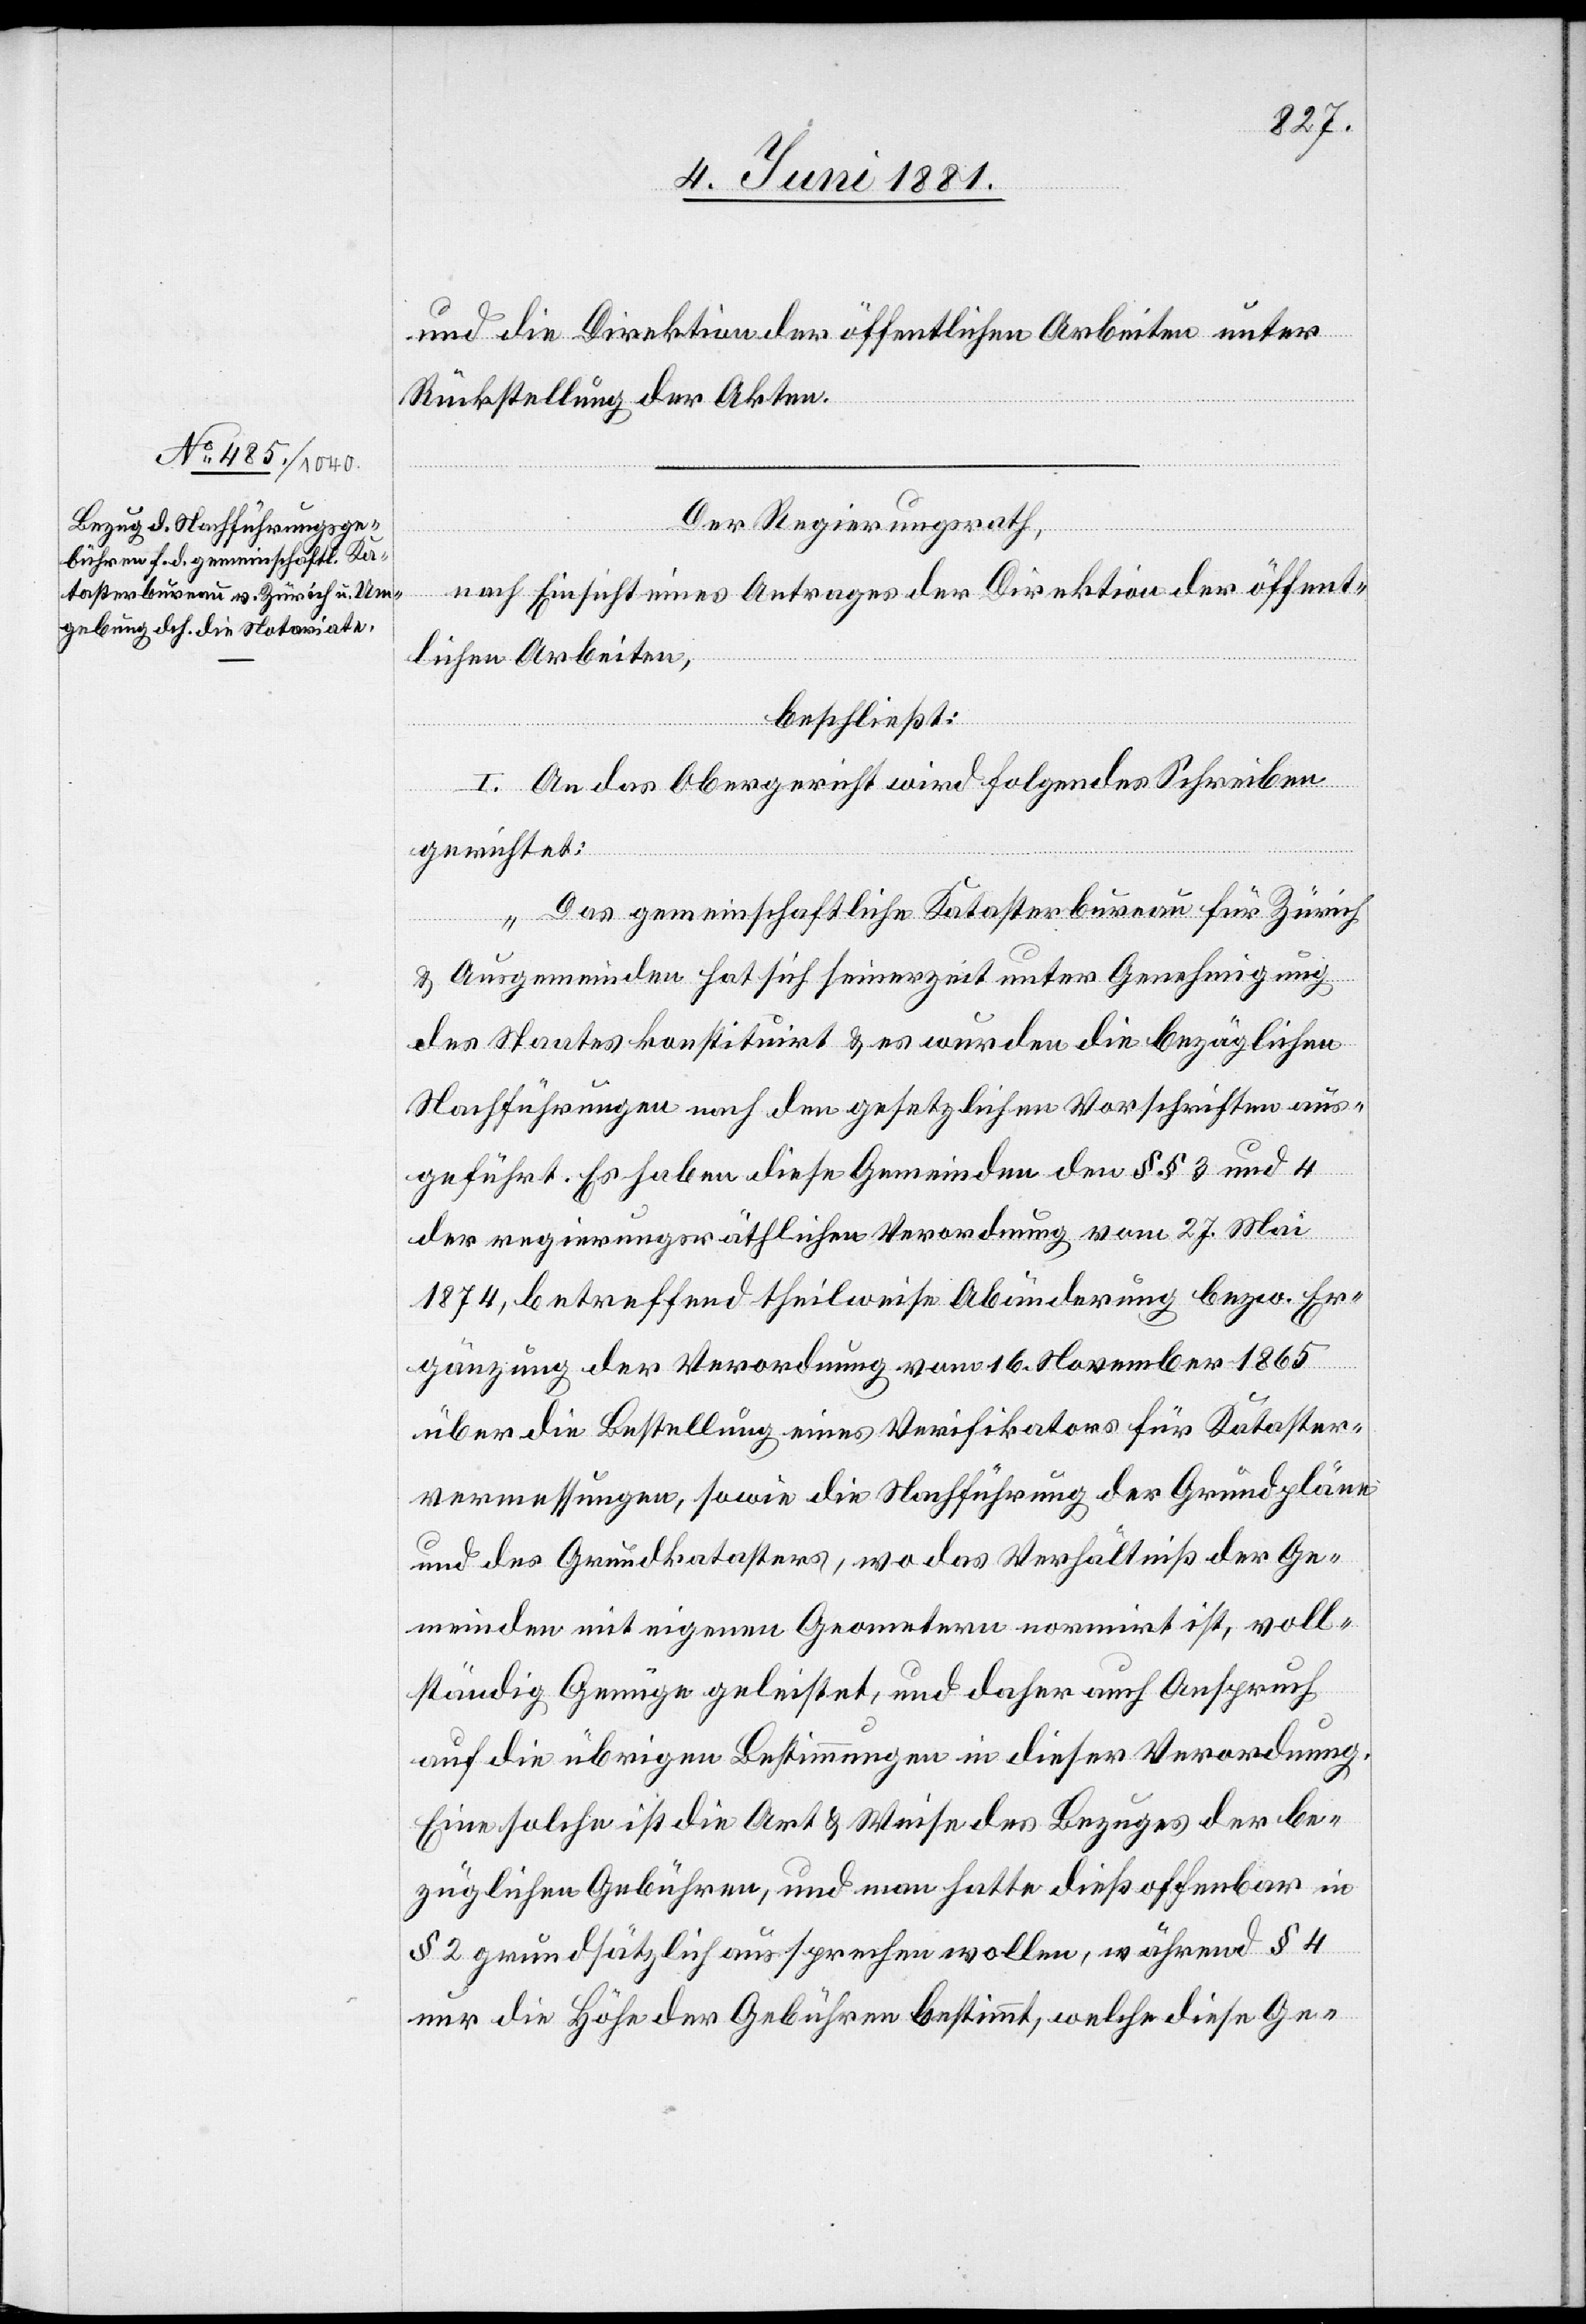
und die Direktion der öffentlichen Arbeiten unter
Rückstellung der Akten.
Der Regierungsrath,
nach Einsicht eines Antrages der Direktion der öffent¬
lichen Arbeiten,
beschließt:
I. An das Obergericht wird folgendes Schreiben
gerichtet:
„Das gemeinschaftliche Katasterbureau für Zürich
& Ausgemeinden hat sich seinerzeit unter Genehmigung
des Staates konstituirt & es wurden die bezüglichen
Nachführungen nach den gesetzlichen Vorschriften aus¬
geführt. Es haben diese Gemeinden den §§ 3 und 4
der regierungsräthlichen Verordnung vom 27. Mai
1874, betreffend theilweise Abänderung bezw. Er¬
gänzung der Verordnung vom 16. November 1865
über die Bestellung eines Verifikators für Kataster¬
vermessungen, sowie die Nachführung der Grundpläne
und des Grundkatasters, wo das Verhältniß der Ge¬
meinden mit eigenen Geometern normirt ist, voll¬
ständig Genüge geleistet, und daher auch Anspruch
auf die übrigen Bestimmungen in dieser Verordnung.
Eine solche ist die Art & Weise des Bezuges der be¬
züglichen Gebühren, und man hatte dieß offenbar in
§ 2 grundsätzlich aussprechen wollen, während § 4
nur die Höhe der Gebühren bestimmt, welche diese Ge-